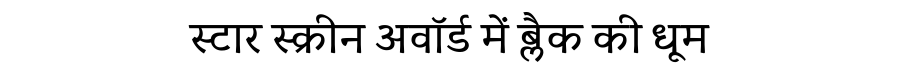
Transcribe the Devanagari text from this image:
स्टार स्क्रीन अवॉर्ड में ब्लैक की धूम